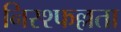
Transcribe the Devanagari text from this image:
निस्श्फल्लता